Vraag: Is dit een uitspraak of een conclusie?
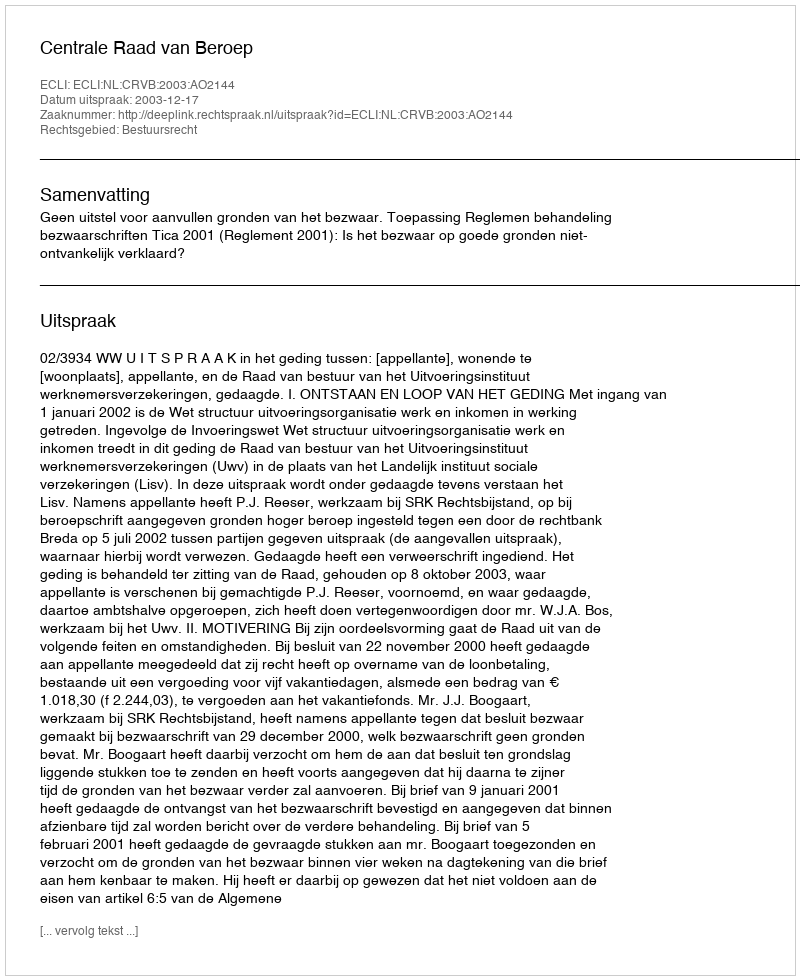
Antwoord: Uitspraak